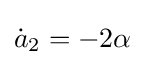
\displaystyle {{\dot {a}}_{2}=-2\alpha }